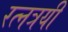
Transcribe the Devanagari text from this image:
रत्नत्रयी